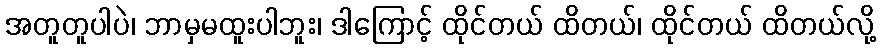
အတူတူပါပဲ၊ ဘာမှမထူးပါဘူး၊ ဒါကြောင့် ထိုင်တယ် ထိတယ်၊ ထိုင်တယ် ထိတယ်လို့